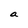
Character: a